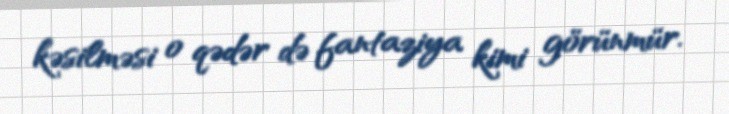
kəsilməsi o qədər də fantaziya kimi görünmür.